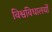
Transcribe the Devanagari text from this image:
विश्वविधालयों